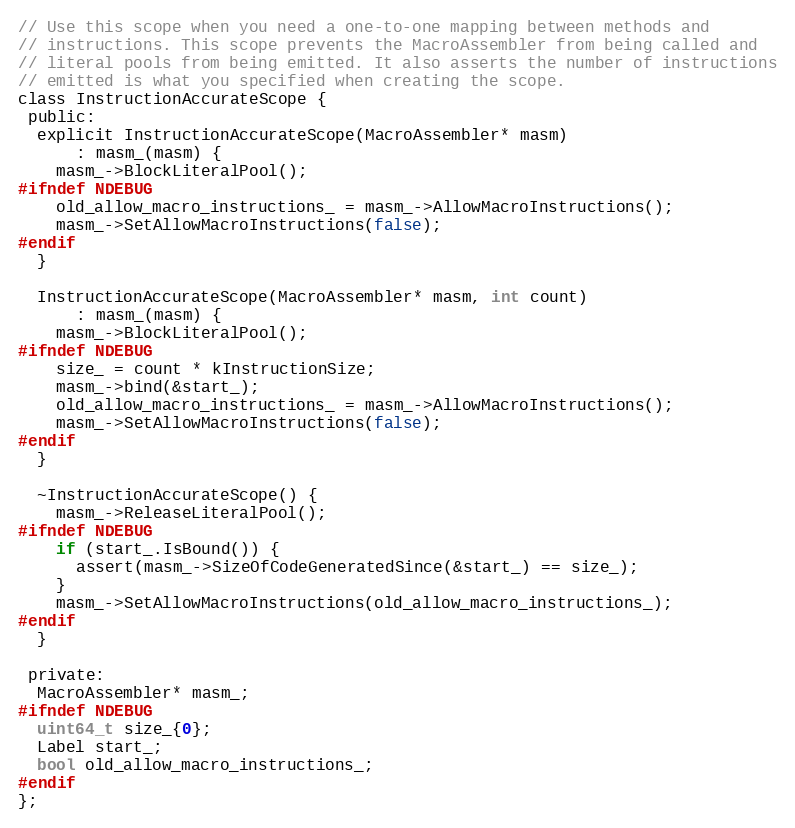
Language: C
// Use this scope when you need a one-to-one mapping between methods and
// instructions. This scope prevents the MacroAssembler from being called and
// literal pools from being emitted. It also asserts the number of instructions
// emitted is what you specified when creating the scope.
class InstructionAccurateScope {
 public:
  explicit InstructionAccurateScope(MacroAssembler* masm)
      : masm_(masm) {
    masm_->BlockLiteralPool();
#ifndef NDEBUG
    old_allow_macro_instructions_ = masm_->AllowMacroInstructions();
    masm_->SetAllowMacroInstructions(false);
#endif
  }

  InstructionAccurateScope(MacroAssembler* masm, int count)
      : masm_(masm) {
    masm_->BlockLiteralPool();
#ifndef NDEBUG
    size_ = count * kInstructionSize;
    masm_->bind(&start_);
    old_allow_macro_instructions_ = masm_->AllowMacroInstructions();
    masm_->SetAllowMacroInstructions(false);
#endif
  }

  ~InstructionAccurateScope() {
    masm_->ReleaseLiteralPool();
#ifndef NDEBUG
    if (start_.IsBound()) {
      assert(masm_->SizeOfCodeGeneratedSince(&start_) == size_);
    }
    masm_->SetAllowMacroInstructions(old_allow_macro_instructions_);
#endif
  }

 private:
  MacroAssembler* masm_;
#ifndef NDEBUG
  uint64_t size_{0};
  Label start_;
  bool old_allow_macro_instructions_;
#endif
};